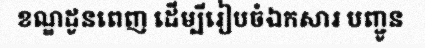
ខណ្ឌដូនពេញ ដើម្បីរៀបចំឯកសារ បញ្ជូន